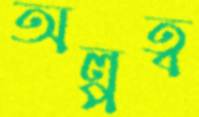
অল্পত্ব